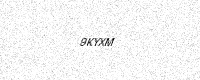
Text: 9KYXM